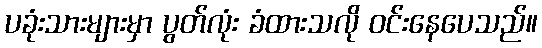
ပခုံးသားများမှာ ပွတ်လုံး ခံထားသလို ဝင်းနေပေသည်။